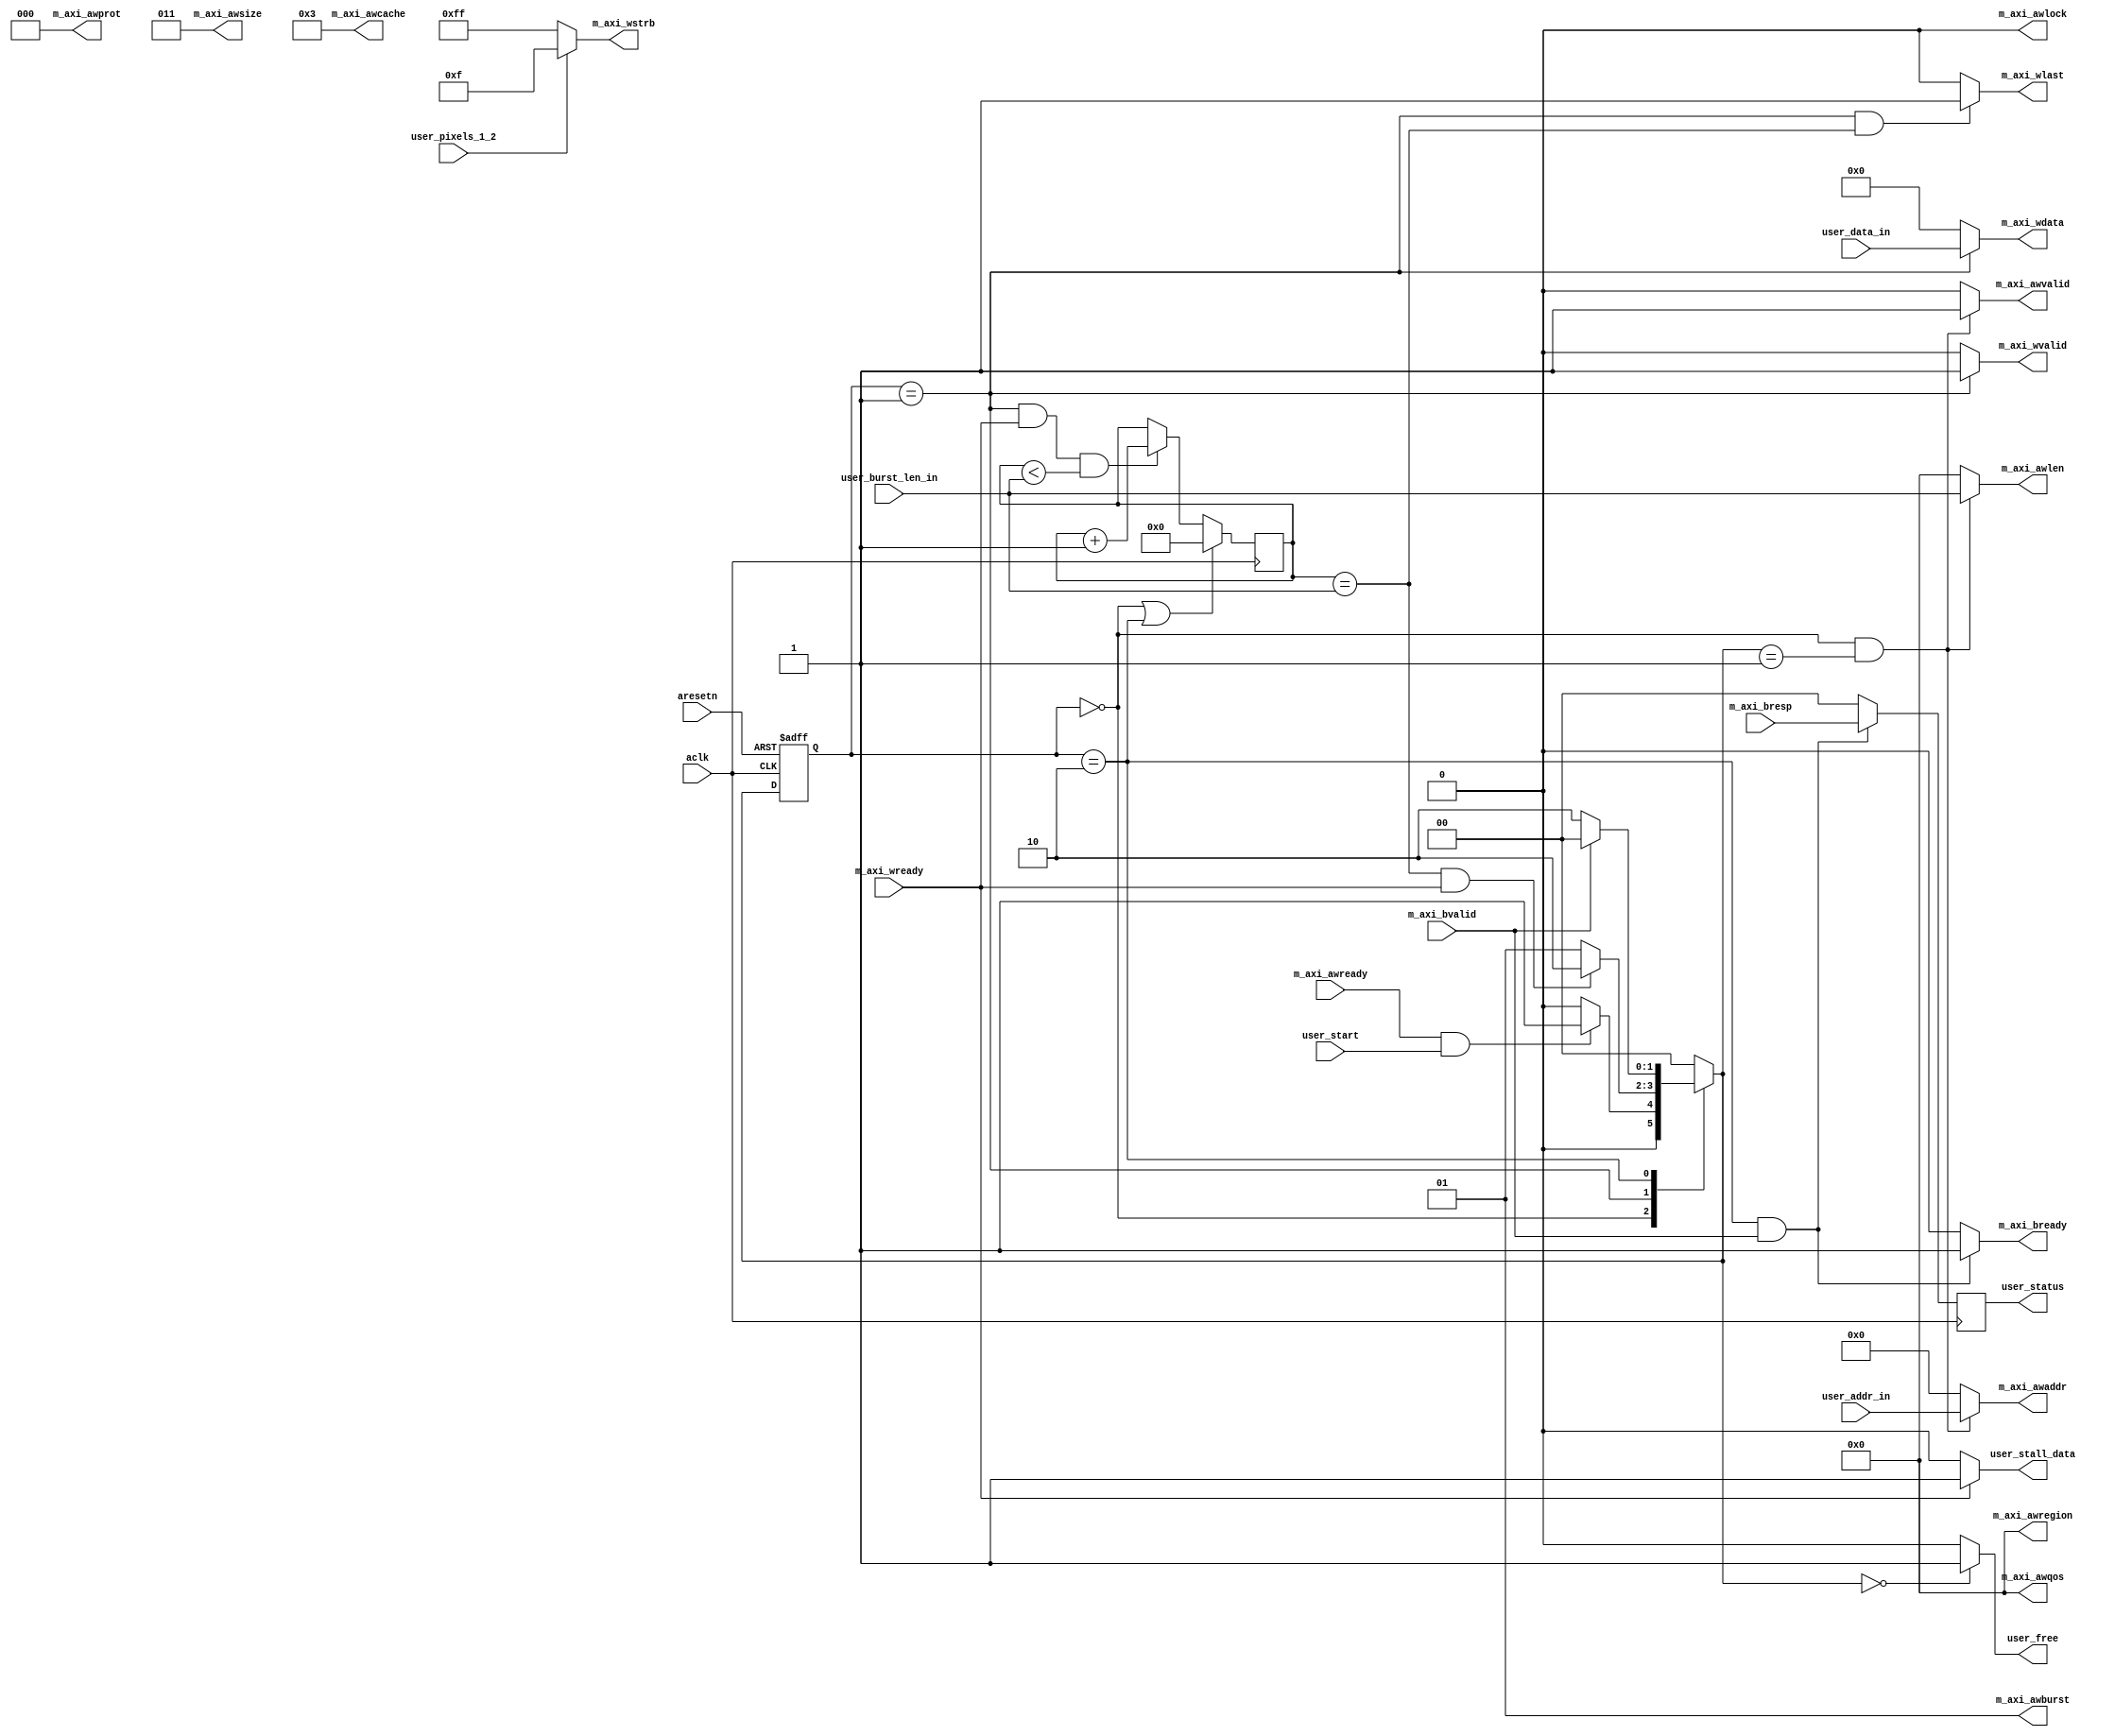
module axi_traffic_gen(
  /**************** Write Address Channel Signals ****************/
  output reg [32-1:0]                  m_axi_awaddr, // address (done)
  output reg [3-1:0]                   m_axi_awprot = 3'b000, // protection - privilege and securit level of transaction
  output reg                           m_axi_awvalid, // (done)
  input  wire                          m_axi_awready, // (done)
  output reg [3-1:0]                   m_axi_awsize = 3'b011, // burst size - size of each transfer in the burst 3'b011 for 8 bytes
  output reg [2-1:0]                   m_axi_awburst = 2'b01, // fixed burst = 00, incremental = 01, wrapped burst = 10
  output reg [4-1:0]                   m_axi_awcache = 4'b0011, // cache type - how transaction interacts with caches
  output reg [4-1:0]                   m_axi_awlen, // number of data transfers in the burst (0-255) (done)
  output reg [1-1:0]                   m_axi_awlock = 1'b0, // lock type - indicates if transaction is part of locked sequence
  output reg [4-1:0]                   m_axi_awqos = 4'b0000, // quality of service - transaction indication of priority level
  output reg [4-1:0]                   m_axi_awregion = 4'b0000, // region identifier - identifies targetted region
  /**************** Write Data Channel Signals ****************/
  output reg [64-1:0]                  m_axi_wdata, // (done)
  output reg [64/8-1:0]                m_axi_wstrb, // (done)
  output reg                           m_axi_wvalid, // set to 1 when data is ready to be transferred (done)
  input  wire                          m_axi_wready, // (done)
  output reg                           m_axi_wlast, // if awlen=0 then set wlast (done)
  /**************** Write Response Channel Signals ****************/
  input  wire [2-1:0]                  m_axi_bresp, // (done) write response - status of the write transaction (00 = okay, 01 = exokay, 10 = slverr, 11 = decerr)
  input  wire                          m_axi_bvalid, // (done) write response valid - 0 = response not valid, 1 = response is valid
  output reg                           m_axi_bready, // (done) write response ready - 0 = not ready, 1 = ready
  /**************** System Signals ****************/
  input wire                           aclk,
  input wire                           aresetn,
 
  // driven input from my logic
  input  wire        user_start,
  input  wire [3:0]  user_burst_len_in,
  input  wire        user_pixels_1_2, //0 = 1 pixel, 1 = 2 pixels
  input  wire [63:0] user_data_in,
  input  wire [31:0] user_addr_in,
  output reg         user_free,
  output reg         user_stall_data, // can this be caused by all of these: m_axi_awready, m_axi_awvalid, m_axi_wvalid, m_axi_wready
  output reg  [1:0]  user_status
    );
   
    //typedef enum {IDLE, WRITE, WRITE_RESPONSE} custom_axi_fsm;
    localparam IDLE           = 2'b00;
    localparam WRITE          = 2'b01;
    localparam WRITE_RESPONSE = 2'b10;
       
    //custom_axi_fsm axi_cs, axi_ns;
    reg [1:0] axi_cs, axi_ns;
   
    always @ (posedge aclk or negedge aresetn)
    begin
        if(~aresetn)
        begin
            axi_cs <= IDLE;
        end
       
        else
        begin
            axi_cs <= axi_ns;
        end
    end
   
    always @ (*)
    begin
        case(axi_cs)
        IDLE:
        begin
            if(m_axi_awready & user_start)
            begin
                axi_ns = WRITE;
            end
           
            else
            begin
                axi_ns = IDLE;
            end
        end
       
        WRITE:
        begin
            if((data_counter == user_burst_len_in) && m_axi_wready)
            begin
                axi_ns = WRITE_RESPONSE;
            end
           
            else
            begin
                axi_ns = WRITE;
            end
        end
       
        WRITE_RESPONSE:
        begin
            if(m_axi_bvalid) axi_ns = IDLE;
            else axi_ns = WRITE_RESPONSE;
        end
       
        default: axi_ns = IDLE;
        endcase
    end

// ---------------------------------------------------
   
    reg [7:0]  data_counter;
   
    always @ (posedge aclk)
    begin
        /*
        m_axi_awvalid <= ((axi_cs==IDLE) && (axi_ns==WRITE)) ? 1 : 0;
        m_axi_awlen   <= ((axi_cs==IDLE) && (axi_ns==WRITE)) ? user_burst_len_in : 0;
        m_axi_wvalid  <= (axi_cs==WRITE) ? 1 : 0;
        m_axi_awaddr  <= ((axi_cs==IDLE) && (axi_ns==WRITE)) ? user_addr_in : 0;
        m_axi_wdata   <= (axi_cs==WRITE) ? user_data_in : 0;
        m_axi_wstrb   <= (user_pixels_1_2) ? 8'b00001111 : 8'b11111111;
        */
//
        if(axi_cs == IDLE || axi_cs == WRITE_RESPONSE) data_counter <= 'h0;
       
        else if(axi_cs == WRITE && m_axi_wready && data_counter < user_burst_len_in)
        begin
            data_counter <= data_counter + 1'b1;
        end
       
        else data_counter <= data_counter;
//
        /*
        m_axi_wlast <= ((axi_cs==WRITE)&&(data_counter == user_burst_len_in)) ? 1'b1 : 1'b0;
       
        m_axi_bready <= ((axi_cs == WRITE_RESPONSE)&& m_axi_bvalid) ? 1'b1 : 'h0;
        */
    end
    
    always @ (*)
    begin
        m_axi_awvalid <= ((axi_cs==IDLE) && (axi_ns==WRITE)) ? 1 : 0;
        m_axi_awlen   <= ((axi_cs==IDLE) && (axi_ns==WRITE)) ? user_burst_len_in : 0;
        m_axi_wvalid  <= (axi_cs==WRITE) ? 1 : 0;
        m_axi_awaddr  <= ((axi_cs==IDLE) && (axi_ns==WRITE)) ? user_addr_in : 0;
        m_axi_wdata   <= (axi_cs==WRITE) ? user_data_in : 0;
        m_axi_wstrb   <= (user_pixels_1_2) ? 8'b00001111 : 8'b11111111;
        m_axi_wlast <= ((axi_cs==WRITE)&&(data_counter == user_burst_len_in)) ? 1'b1 : 1'b0;
        m_axi_bready <= ((axi_cs == WRITE_RESPONSE)&& m_axi_bvalid) ? 1'b1 : 'h0;

    end
   
// ---------------------------------------------------

    always @ (posedge aclk)
    begin
        user_status <= ((axi_cs == WRITE_RESPONSE)&& m_axi_bvalid) ? m_axi_bresp : 'h0;
    end

    always @ (*)
    begin
        user_stall_data = (~m_axi_wready) ? 1'b0 : 1'b1;
        user_free       = (axi_ns == IDLE) ? 1'b1 : 1'b0;
    end

endmodule